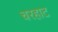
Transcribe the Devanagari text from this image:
चरहाट